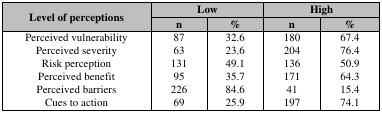
<table><thead><tr><td rowspan="2"><b>Level of perceptions</b></td><td colspan="2"><b>Low</b></td><td colspan="2"><b>High</b></td></tr><tr><td><b>n</b></td><td><b>% </b></td><td><b>n</b></td><td><b>% </b></td></tr></thead><tbody><tr><td>Perceived vulnerability</td><td>87</td><td>32.6</td><td>180</td><td>67.4</td></tr><tr><td>Perceived severity</td><td>63</td><td>23.6</td><td>204</td><td>76.4</td></tr><tr><td>Risk perception</td><td>131</td><td>49.1</td><td>136</td><td>50.9</td></tr><tr><td>Perceived benefit</td><td>95</td><td>35.7</td><td>171</td><td>64.3</td></tr><tr><td>Perceived barriers</td><td>226</td><td>84.6</td><td>41</td><td>15.4</td></tr><tr><td>Cues to action</td><td>69</td><td>25.9</td><td>197</td><td>74.1</td></tr></tbody></table>